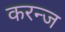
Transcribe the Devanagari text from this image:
करन्‍ज